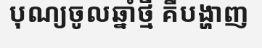
បុណ្យចូលឆ្នាំថ្មី គឺបង្ហាញ